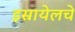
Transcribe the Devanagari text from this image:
इस्रायेलचे